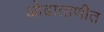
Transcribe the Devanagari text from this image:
ओढाताणीत